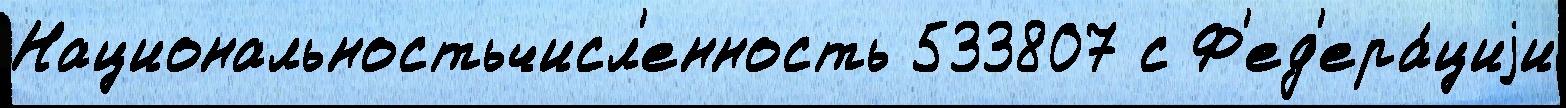
Национальностьчисл'енность 533807 с Ф'ед'ера́циjи